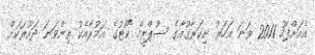
އެއަށްފަހު 2011 ވަނަ އަހަރު ނިކަރާގުއާގެ ސުޕްރީމް ކޯޓުގެ އަމުރާއެކު ތިންވަނަ ދައުރަކަށް